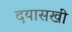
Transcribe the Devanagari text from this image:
दयासखी